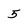
Character: 5